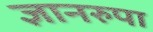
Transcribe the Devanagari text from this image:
ज्ञानरुपा